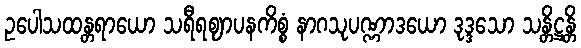
ဥပေါသထန္တရာယော သရီရဈာပနကိစ္စံ နာဂသုပဏ္ဏာဒယော ဒုဒ္ဒသော သန္တိဋ္ဌန္တိ